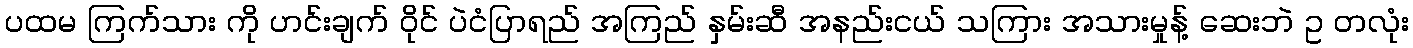
ပထမ ကြက်သား ကို ဟင်းချက် ဝိုင် ပဲငံပြာရည် အကြည် နှမ်းဆီ အနည်းငယ် သကြား အသားမှုန့် ဆေးဘဲ ဥ တလုံး